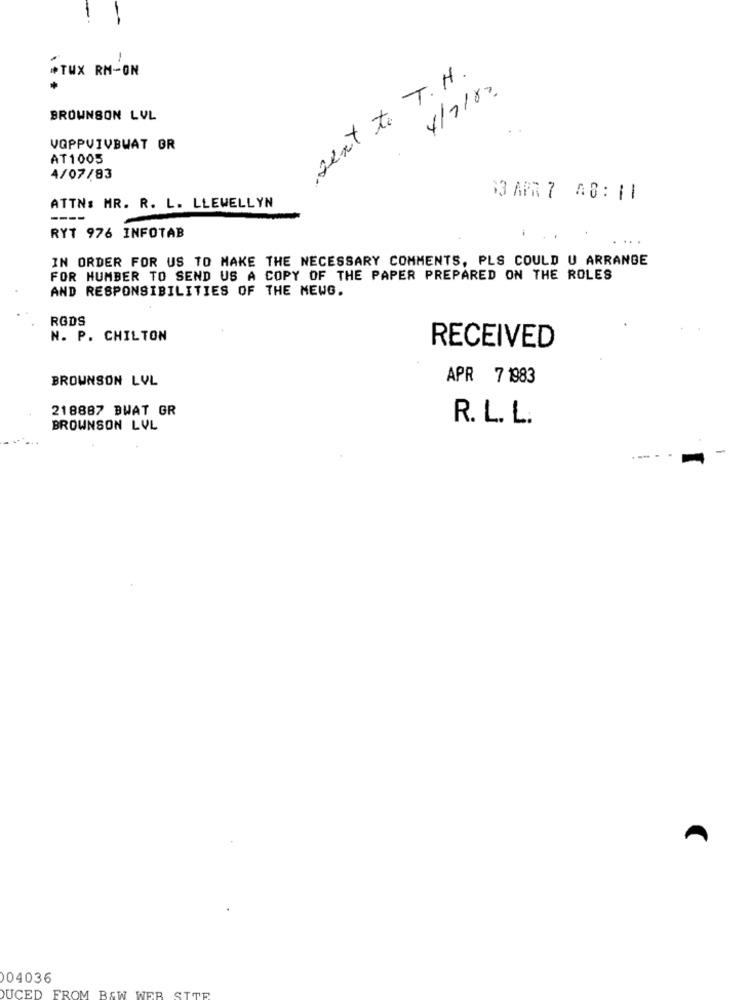
*TUX RM-ON
sent to T.H.
4/7/82
BROWNSON LVL
VOPPVIVBWAT OR
AT1005
4/07/83
$3 APR 7 48:11
ATTN: MR. R. L. LLEWELLYN
----
RYT 976 INFOTAB
.. .
IN ORDER FOR US TO MAKE THE NECESSARY COMMENTS, PLS COULD U ARRANGE
FOR NUMBER TO SEND US A COPY OF THE PAPER PREPARED ON THE ROLES
AND RESPONSIBILITIES OF THE NEWG.
RGDS
N. P. CHILTON
RECEIVED
BROWNSON LVL
APR 7 1983
218887 BWAT GR
R. L. L.
BROWNSON LVL
04036
DUCED FROM BAW WER SITE